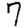
Digit: 7